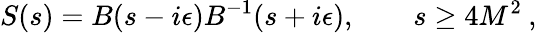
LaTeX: S(s)=B(s-i\epsilon)B^{-1}(s+i\epsilon),\qquad s\geq 4M^{2}\: ,